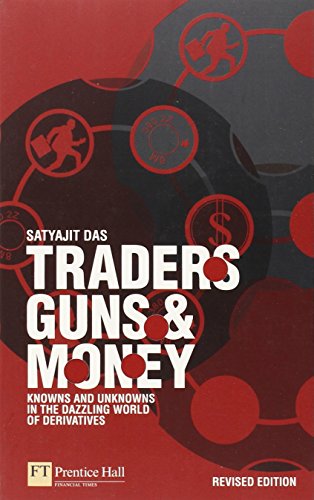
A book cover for Traders, Guns and Money: Knowns and unknowns in the dazzling world of derivatives Revised edition (Financial Times (Prentice Hall)); Satyajit Das; Business & Money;